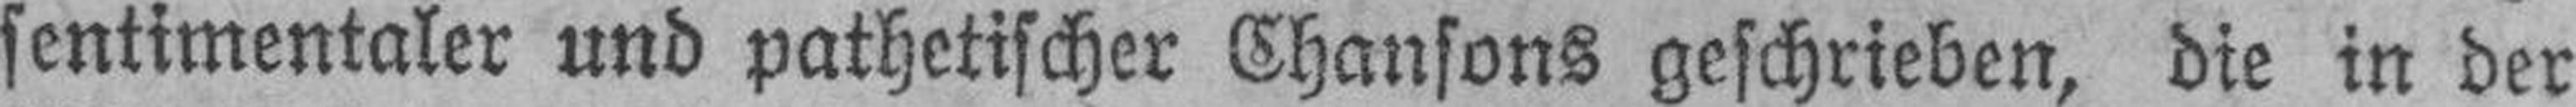
sentimentaler und pathetischer Chansons geschrieben, die in der